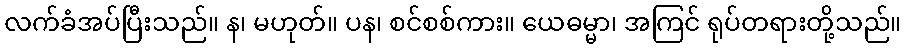
လက်ခံအပ်ပြီးသည်။ န၊ မဟုတ်။ ပန၊ စင်စစ်ကား။ ယေဓမ္မာ၊ အကြင် ရုပ်တရားတို့သည်။